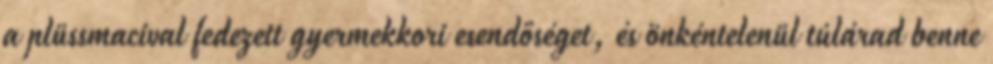
a plüssmacival fedezett gyermekkori esendőséget, és önkéntelenül túlárad benne